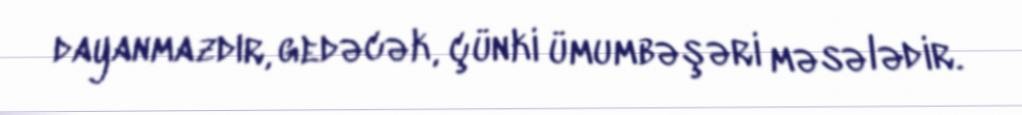
dayanmazdır, gedəcək, çünki ümumbəşəri məsələdir.